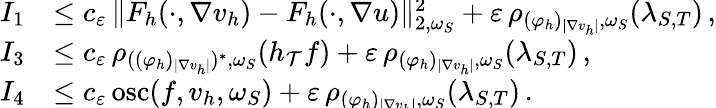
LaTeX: \begin{array}{r}{\begin{array}{rl}{I_{1}}&{\leq\smash{c_{\varepsilon}\, \| F_{h}(\cdot,\nabla v_{h})-F_{h}(\cdot,\nabla u)\| _{2,\omega_{S}}^{2}+\varepsilon\, \rho_{(\varphi_{h})_{\vert\nabla v_{h}\vert},\omega_{S}}(\lambda_{S,T})}\, ,}\\ {I_{3}}&{\leq\smash{c_{\varepsilon}\, \rho_{((\varphi_{h})_{\vert\nabla v_{h}\vert})^{*},\omega_{S}}(h_{\mathcal{T}}f)+\varepsilon\, \rho_{(\varphi_{h})_{\vert\nabla v_{h}\vert},\omega_{S}}(\lambda_{S,T})}\, ,}\\ {I_{4}}&{\leq\smash{c_{\varepsilon}\, \textup{osc}(f,v_{h},\omega_{S})+\varepsilon\, \rho_{(\varphi_{h})_{\vert\nabla v_{h}\vert},\omega_{S}}(\lambda_{S,T})}\, .}\end{array}}\end{array}